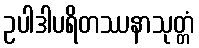
ဥပါဒါပရိတဿနာသုတ္တံ